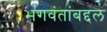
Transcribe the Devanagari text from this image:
भगवंतांबद्दल